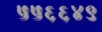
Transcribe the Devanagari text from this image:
५५६६४९